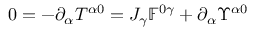
0 = - \partial _ { \alpha } T ^ { \alpha 0 } = J _ { \gamma } \mathbb { F } ^ { 0 \gamma } + \partial _ { \alpha } \Upsilon ^ { \alpha 0 }